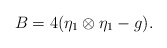
\begin{align*}B=4(\eta_{1} \otimes \eta_{1} -g).\end{align*}